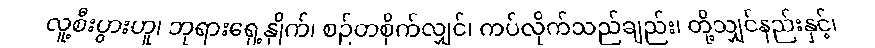
လူ့စီးပွားဟူ၊ ဘုရားရှေ့နှိုက်၊ စဉ်တစိုက်လျှင်၊ ကပ်လိုက်သည်ချည်း၊ တို့သျှင်နည်းနှင့်၊